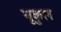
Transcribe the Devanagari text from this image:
नृकुल